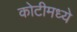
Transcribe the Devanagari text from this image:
कोटीमध्ये